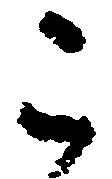
こ